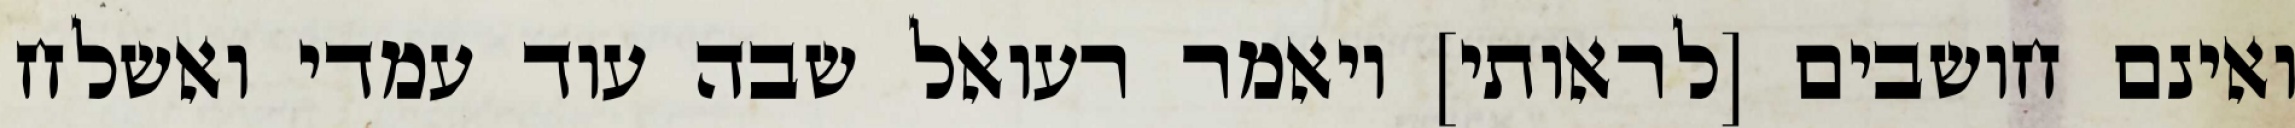
ואינם חושבים [לראותי] ויאמר רעואל שבה עוד עמדי ואשלח